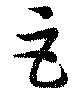
巨